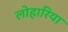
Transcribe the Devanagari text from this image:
लोहारिया